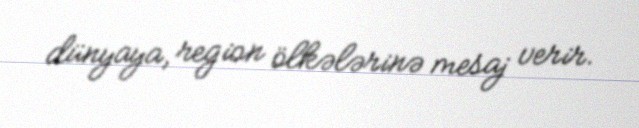
dünyaya, region ölkələrinə mesaj verir.